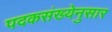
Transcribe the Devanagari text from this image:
पदकसंख्येनुसार